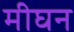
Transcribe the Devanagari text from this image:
मीघन